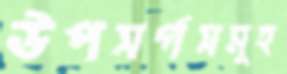
উপসর্গসমূহ